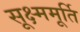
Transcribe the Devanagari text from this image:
सूक्ष्ममूर्ति